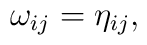
\omega_{ij} =  \eta_{ij},